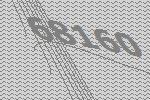
68160